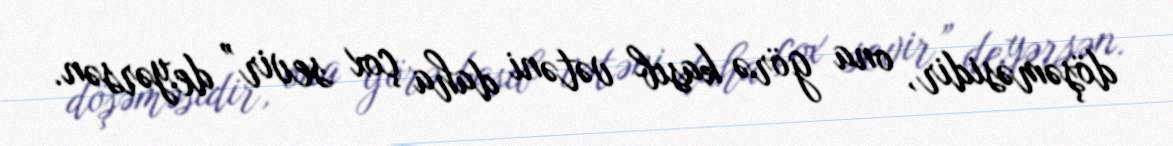
döşəməsidir, ona görə kasıb vətəni daha çox sevir” deyərsən.